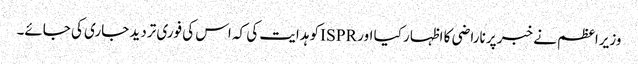
وزیراعظم نے خبر پر ناراضی کا اظہار کیا اور ISPRکو ہدایت کی کہ اس کی فوری تردید جاری کی جائے۔